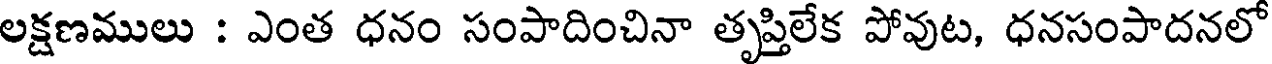
లక్షణములు : ఎంత ధనం సంపాదించినా తృప్తిలేక పోవుట, ధనసంపాదనలో